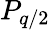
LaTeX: P_{q/2}